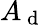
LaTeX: A_{\mathrm{~d~}}